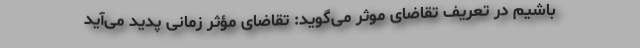
باشیم در تعریف تقاضای موثر می‌گوید: تقاضای مؤثر زمانی پدید می‌آید